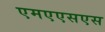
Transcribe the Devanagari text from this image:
एमएएसएस